Medical and sanitary report on the native army of Bombay for the year
Year: 1878
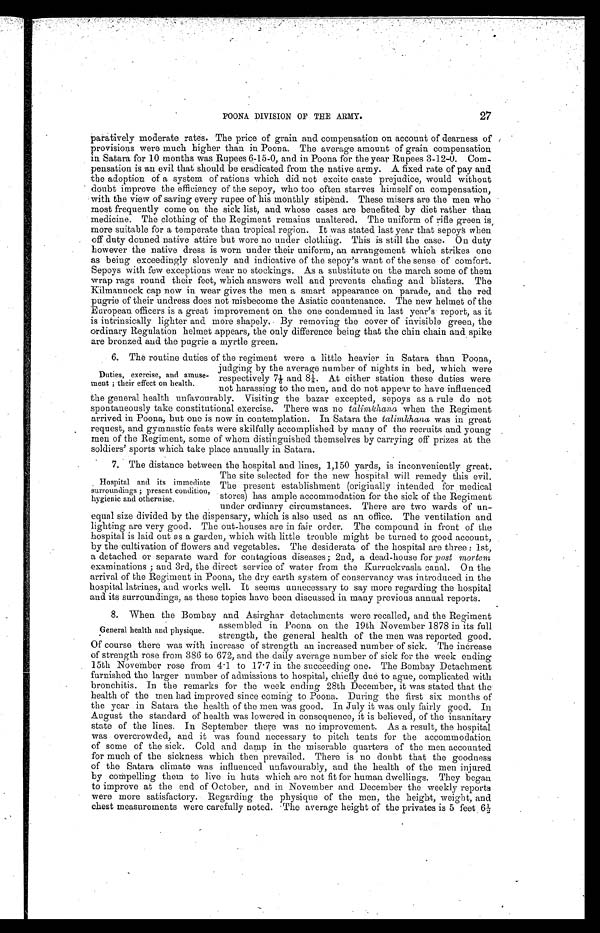
27
POONA DIVISION OF THE ARMY.
paratively moderate rates. The price of grain and compensation on account of dearness of
provisions were much higher than in Poona. The average amount of grain compensation
in Satara for 10 months was Rupees 6-15-0, and in Poona for the year Rupees 3-12-0. Com
pensation is an evil that should be eradicated from the native army. A fixed rate of pay and
the adoption of a system of rations which did not excite caste prejudice, would without
doubt improve the efficiency of the sepoy, who too often starves himself on compensation,
with the view of saving every rupee of his monthly stipend. These misers are the men who
most frequently come on the sick list, and whose cases are benefited by diet rather than
medicine. The clothing of the Regiment remains unaltered. The uniform of rifle green is,
more suitable for a temperate than tropical region. It was stated last year that sepoys when
off duty donned native attire but wore no under clothing. This is still the case. On duty
however the native dress is worn under their uniform, an arrangement which strikes one
as being exceedingly slovenly and indicative of the sepoy's want of the sense of comfort.
Sepoys with few exceptions wear no stockings. As a substitute on the march some of them
wrap rags round their feet, which answers well and prevents chafing and blisters. The
Kilmannock cap now in wear gives the men a smart appearance on parade, and the red
pugrie of their undress does not misbecome the Asiatic countenance. The new helmet of the
European officers is a great improvement on the one condemned in last year's report, as it
is intrinsically lighter and more shapely. By removing the cover of invisible green, the
ordinary Regulation helmet appears, the only difference being that the chin chain and spike are bronzed and the pugrie a myetle green.
6. The routine duties of the regiment were a little heavier in Satara than Poona,
Duties, exercise, and amuse
ment ; their effect on health.
judging by the average number of nights in bed, which were
respectively 7 1/6 and 8 1/8. At either station these duties were
not harassing to the men, and do not appear to have do not
the general health unfavourably. Visiting the bazar excepted, sepoys as a rule do not
spontaneously take constitutional exercise. There was no talimkhana when the Regiment
arrived in Poona, but one is now in contemplation. In Satara the talimlkhanaw a s i n g r e a t
request, and gymnastic feats were skilfully accomplished by many of the recruits and young
men of the Regiment, some of whom distinguished themselves by carrying off prizes at the
soldiers' sports which take Place annually in Satara.
7. The distance between the hospital and lines. 1.150 yards. is inconveniently great.
Hospital and its immediate
surroundings ; present condition,
hygienic and otherwise.
The site selected for the new hospital will remedy this evil.
The present establishment (originally intended for medical
stores) has ample accommodation for the sick of the Regiment
under ordinary circumstances. There are two wards of un
equal size divided by the dispensary, which. is also used as an office. The ventilation and
lighting are very good. The out-houses are in fair order. The compound in front of the
hospital is laid out as a garden, which with little trouble might be turned to good account,
by the cultivation of flowers and vegetables. The desiderata of the hospital are three : 1st,
a detached or separate ward for contagious diseases; 2nd, a dead-house for post mortem
examinations ; and 3rd, the direct service of water from the Kurruckvasla canal. On the
arrival of the Regiment in Poona, the dry earth system of conservancy was introduced in the
hospital latrines, and works well. It seems unnecessary to say more regarding the hospital
and its surroundings, as these topics have been discussed in many previous annual reports.
8. When the Bombay and Asirghar detachments were recalled, and the Regiment
assembled n Poona on the 19th November 1878 in its full
strength. the general health of the men was reported good.
Of course there was with increase of strength an increased number of sick. The increase
of strength rose from 386 to 672, and the daily average number of sick for the week ending
15th November rose from 4.1 to 17 . 7 in the succeeding one. The Bombay Detachment
furnished the larger number of admissions to hospital, chiefly due to ague, complicated with
bronchitis. In the remarks for the week ending 28th December, it was stated that the
health of the men had improved since coming to Poona.. During the first six months of
the year in Satara the health of the men was good. In July it was only fairly good. In
August the standard of health was lowered in consequence, it is believed, of the insanitary
state of the lines. In September there was no improvement. As a result, the hospital
was overcrowded, and it was found necessary to pitch tents for the accommodation
of some of the sick. Cold and damp in the miserable quarters of the men accounted
for much of the sickness which then prevailed. There is no doubt that the goodness
of the Satara climate Was influenced unfavourably, and the health of the men injured
by compelling them to live in huts which are not fit for human dwellings. They began
to improve at the end of October, and in November and December the weekly reports
were more satisfactory. Regarding the physique of the men, the height, weight, and
chest measurements were carefully noted. The average height of the privates is 5 feet 6 1/2
General health and physique.